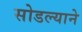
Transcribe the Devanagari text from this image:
सोडल्याने